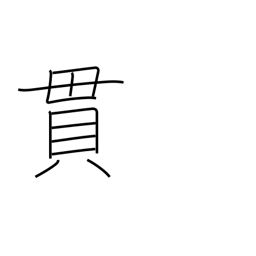
Meaning: brace